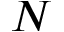
N